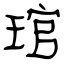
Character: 琯